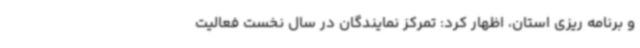
و برنامه ریزی استان، اظهار کرد: تمرکز نمایندگان در سال نخست فعالیت